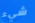
شيء